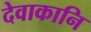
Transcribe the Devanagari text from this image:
देवाकानि